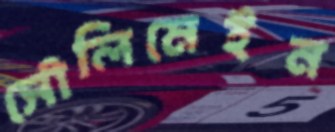
সৌলিমেইন